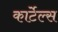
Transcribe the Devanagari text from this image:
कार्टेल्स